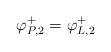
LaTeX: \begin{align*}\varphi^+_{P,2}=\varphi^+_{L,2}\end{align*}